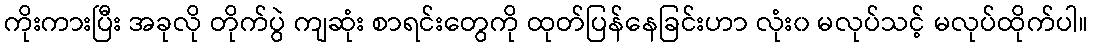
ကိုးကားပြီး အခုလို တိုက်ပွဲ ကျဆုံး စာရင်းတွေကို ထုတ်ပြန်နေခြင်းဟာ လုံး၀ မလုပ်သင့် မလုပ်ထိုက်ပါ။